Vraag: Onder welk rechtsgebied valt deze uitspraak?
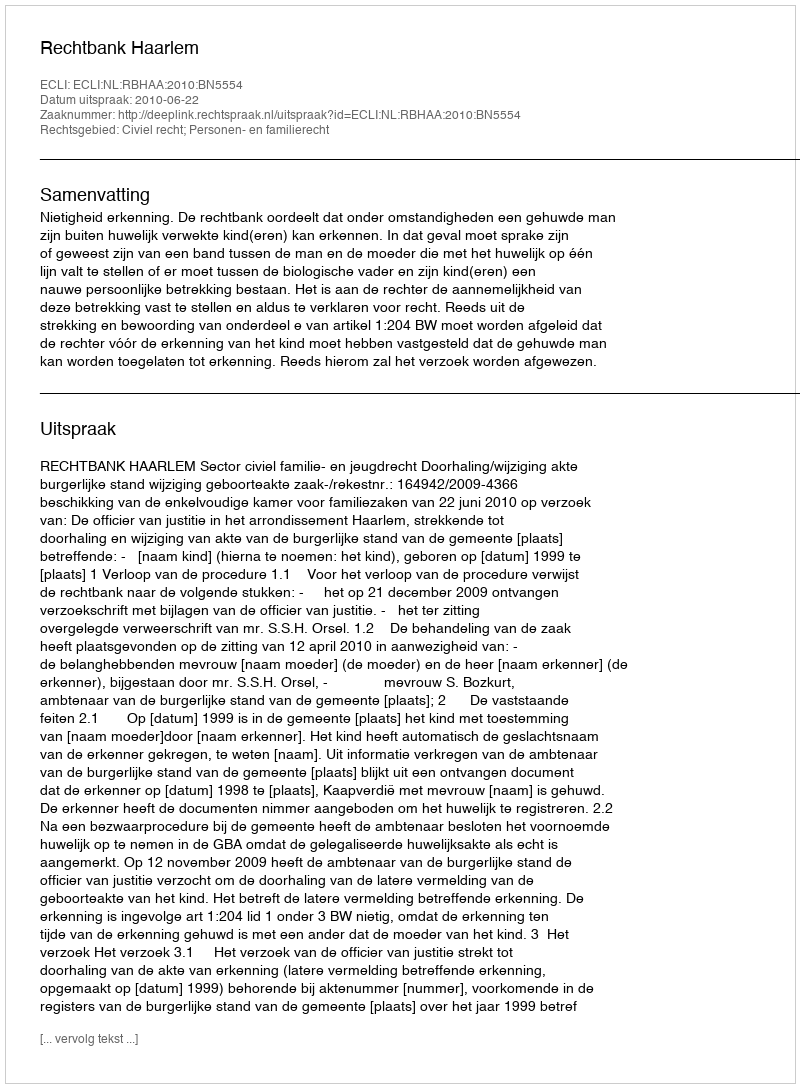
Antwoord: Civiel recht; Personen- en familierecht